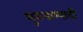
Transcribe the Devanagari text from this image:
थुरुवाम्पादी